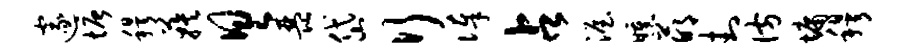
邃塘穆蔟具琵岱行俸占渥曛萌封彷墉穆